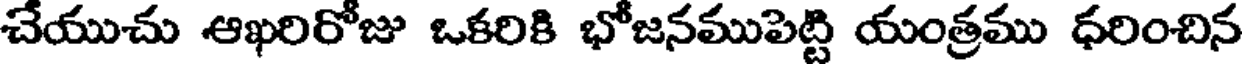
చేయుచు ఆఖరిరోజు ఒకరికి భోజనముపెట్టి యంత్రము ధరించిన